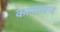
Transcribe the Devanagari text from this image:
कलास्वाद